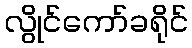
လွိုင်ကော်ခရိုင်